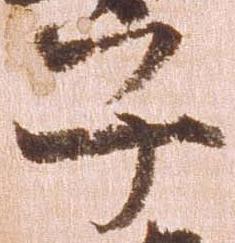
子